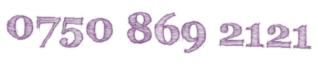
0750 869 2121